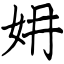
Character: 㚩